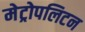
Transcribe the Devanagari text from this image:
मेट्रोपलिटन